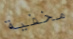
مخفية